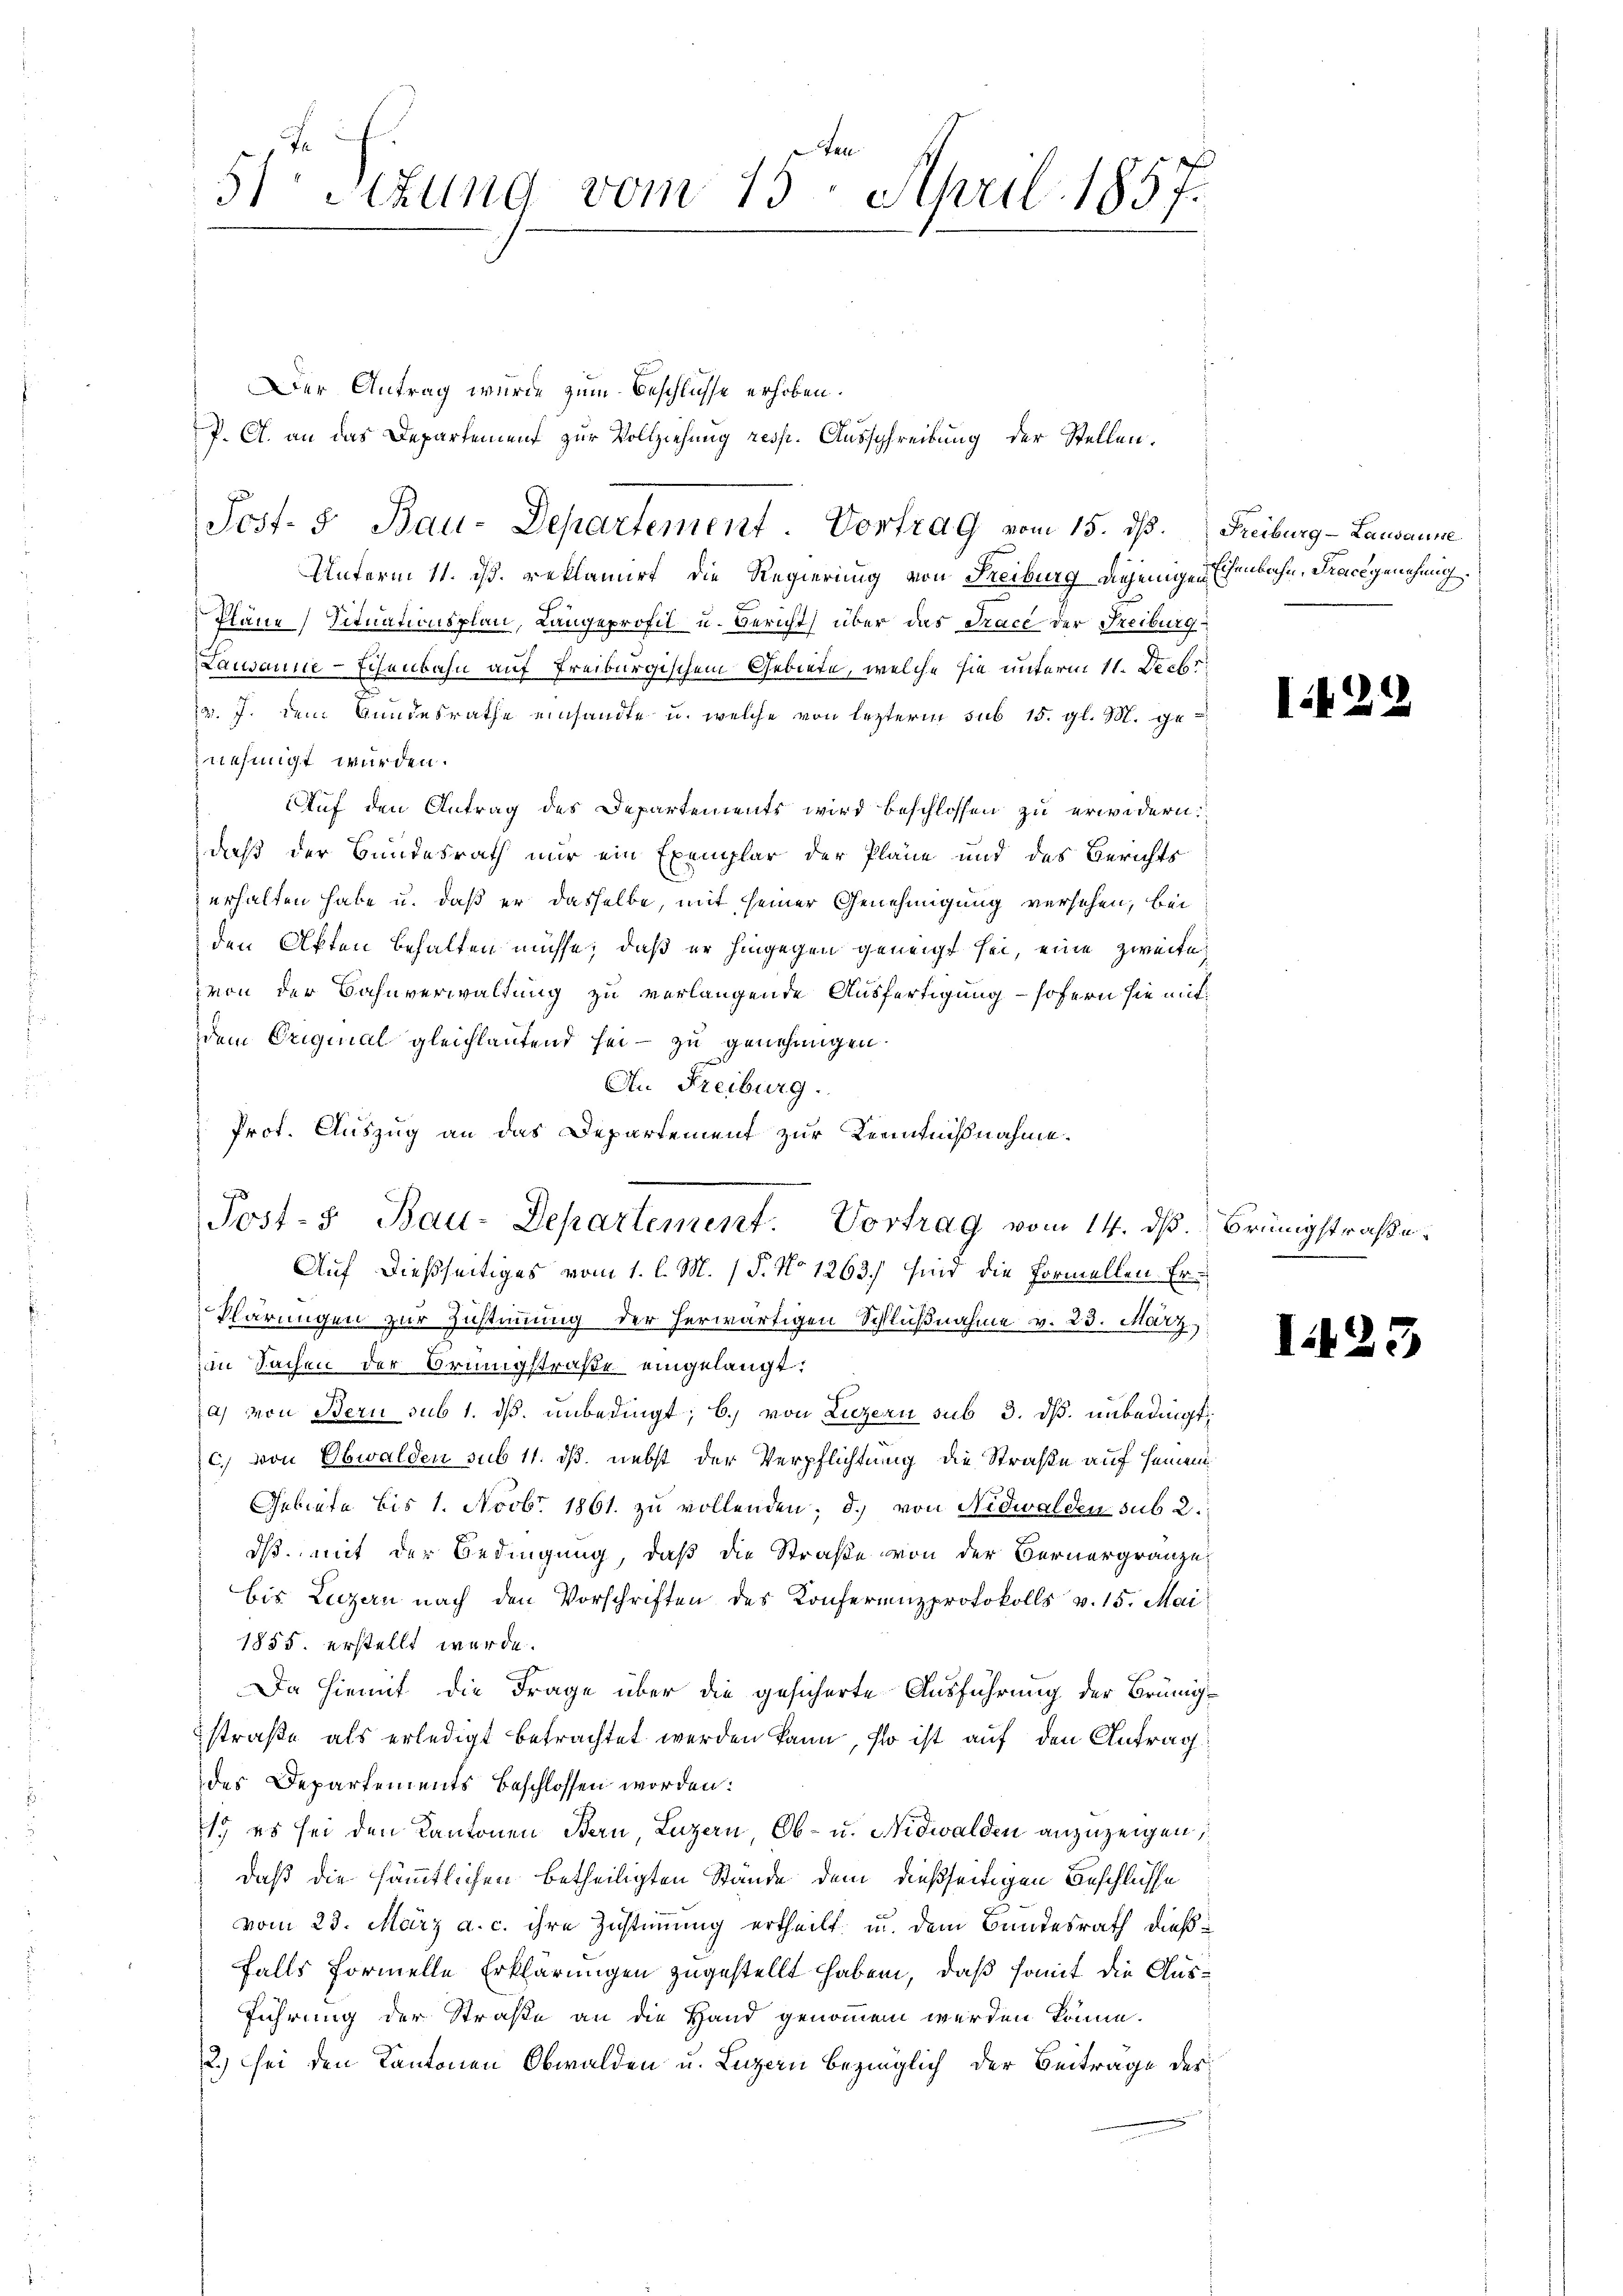
Unterm 11. ds. reklamirt, die Regierung von Freiburg diejenigen Eisenbahn, Trace genehmig
Pläne Situationsplan, Langeprofil u. Bericht über das Trace der Freiburg
Lausanne-Echenbahn auf Freiburgischem Gebiete, welche sie unterm 11. Decbr.
v. J. dem Bundesrathe einsandte u. welche von lezterm sub 15. gl. M. genehmigt würden.
Auf den Antrag des Departements wird beschlossen zu erwidern.
dieß der Bundesrath nur ein Exemplar der Pläne und des Berichts
erhalten habe u. daß er dasselbe, mit seiner Genehmigung versehen, bei
den Akten behalten müsse, daß er hingegen geneigt sei, eine zweite
von der Bahnverwaltung zu verlangende Ausfertigung - sofern sie mit
dem Original gleichlautend sei- zu genehmigen.
An Freiburg.
Prot. Auszug an das Departement zur Kenntnißnahme.
Post- & Bau-Departement. Vortrag vom 14. dß. Brünigstraße.
Auf dießseitiges vom 1. l. M. 1 P. No 1263.) sind die Formellen Er¬
Klärungen zur Zustimmung der herwärtigen Schlußnahme v. 23. März
in Sachen der Brüngstraße eingelangt:
a) von Bern sub 1. ds. unbedingt; b.) von Luzern sub 3. dß. unbedingt,
C. von Obwalden sub 11. dß. nebst der Verpflichtung die Straße auf seinem
Gebiete bis 1. Novbr. 1861. zu vollenden; d.) von Nidwalden sub 2.
dß mit der Bedingung, daß die Straße von der Bernergränze
bis Luzern nach den Vorschriften des Konferenzprotokolls v. 15. Mai
1855. erstellt werde.
Da hiemit die Frage über die gesicherte Ausführung der Brüngstraße als erledigt betrachtet werden kann, so ist auf den Antrag
des Departements beschlossen worden:
1. es sei den Kantonen Bern, Luzern Ob- u. Nidwalden anzuzeigen,
daß die sämmtlichen betheiligten Stande dem dießseitigen Beschlüsse
vom 23. März a. c. ihre Zustimmung ertheilt u. dem Bundesrath dießfalls formelle Erklärungen zugestellt haben, daß somit die Aus¬
Führung der Straße an die Hand genommen werden könne.
2.) sei den Kantonen Obwalden u. Luzern bezinglich der Beitrage des

51 stung vom 15. April 1857.
Der Antrag wurde zum Beschlüsse erhoben.
P. C. an das Departement zur Vollziehung resp. Ausschreibung der Stellen.

Post- 5. Bau-Departement. Vortrag vom 15. dβ. Freiburg - Lausanne

I122

I.125